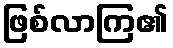
ဖြစ်လာကြ၏